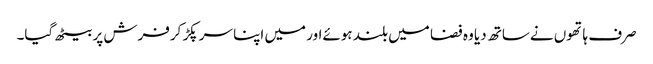
صرف ہاتھوں نےساتھ دیا وہ فضا میں بلند ہوئےاور میں اپنا سر پکڑ کرفرش پر بیٹھ گیا۔